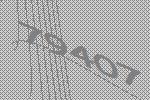
79407